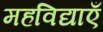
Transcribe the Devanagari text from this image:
महविद्याएँ